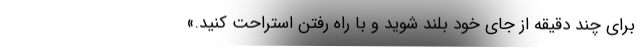
برای چند دقیقه از جای خود بلند شوید و با راه رفتن استراحت کنید.»